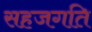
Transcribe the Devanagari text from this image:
सहजगति